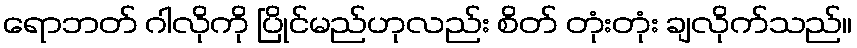
ရောဘတ် ဂါလိုကို ပြိုင်မည်ဟုလည်း စိတ် တုံးတုံး ချလိုက်သည်။